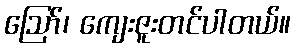
ဪ၊ ကျေးဇူးတင်ပါတယ်။